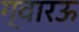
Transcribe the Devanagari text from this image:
ग्वारऊ